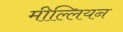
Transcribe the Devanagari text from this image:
मील्लियन